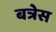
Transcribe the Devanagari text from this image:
बत्रेस